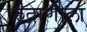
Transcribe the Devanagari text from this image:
रुद्राणीला